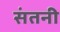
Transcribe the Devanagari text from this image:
संतनी